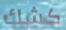
كشك